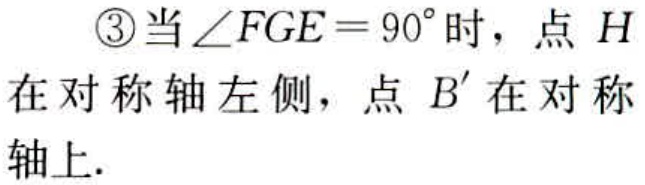
\textcircled{3}当\(\angle FGE = 90^{\circ}\)时，点 \(H\)在对称轴左侧，点 \(B'\)在对称轴上.